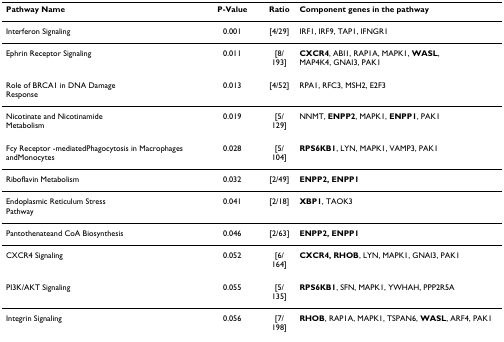
| Pathway Name | P-Value | Ratio | Component genes in the pathway |
 | --- | --- | --- | --- |
 | Interferon Signaling | 0.001 | [4/29] | IRF1, IRF9, TAP1, IFNGR1 |
 | Ephrin Receptor Signaling | 0.011 | [8/193] | CXCR4, ABI1, RAP1A, MAPK1, WASL,MAP4K4, GNAI3, PAK1 |
 | Role of BRCA1 in DNA DamageResponse | 0.013 | [4/52] | RPA1, RFC3, MSH2, E2F3 |
 | Nicotinate and NicotinamideMetabolism | 0.019 | [5/129] | NNMT, ENPP2, MAPK1, ENPP1, PAK1 |
 | Fcy Receptor -mediatedPhagocytosis in Macrophages andMonocytes | 0.028 | [5/104] | RPS6KB1, LYN, MAPK1, VAMP3, PAK1 |
 | Riboflavin Metabolism | 0.032 | [2/49] | ENPP2, ENPP1 |
 | Endoplasmic Reticulum StressPathway | 0.041 | [2/18] | XBP1, TAOK3 |
 | Pantothenateand CoA Biosynthesis | 0.046 | [2/63] | ENPP2, ENPP1 |
 | CXCR4 Signaling | 0.052 | [6/164] | CXCR4, RHOB, LYN, MAPK1, GNAI3, PAK1 |
 | PI3K/AKT Signaling | 0.055 | [5/135] | RPS6KB1, SFN, MAPK1, YWHAH, PPP2R5A |
 | Integrin Signaling | 0.056 | [7/198] | RHOB, RAP1A, MAPK1, TSPAN6, WASL, ARF4, PAK1 |